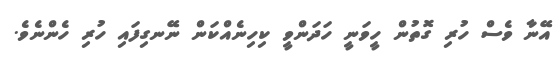
އޭނާ ވެސް ހުރި ގޮތުން ހީވަނީ ހަދަންވީ ކިހިނެއްކަން ނޭނގިފައި ހުރި ހެންނެވެ.